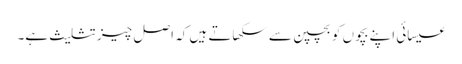
عیسائی اپنے بچوں کو بچپن سے سکھاتے ہیں کہ اصل چیز تثلیث ہے۔